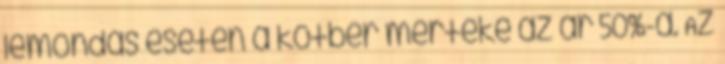
lemondás esetén a kötbér mértéke az ár 50%-a. Az